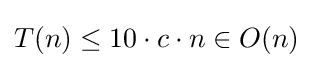
T(n)\leq 10\cdot c\cdot n\in O(n)